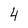
Character: 4